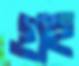
গ্রহ